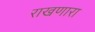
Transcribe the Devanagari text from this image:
राखणारा